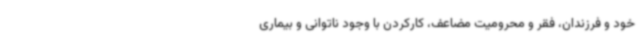
خود و فرزندان، فقر و محرومیت مضاعف، کارکردن با وجود ناتوانی و بیماری